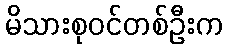
မိသားစုဝင်တစ်ဦးက